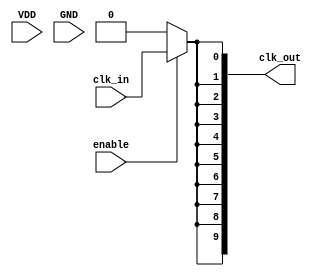
module HighFanoutClockBuffer #(
    parameter N = 10 // Number of output ports (can be adjusted as needed)
)(
    input wire clk_in,         // Input clock signal
    input wire enable,         // Enable signal for the buffer
    input wire VDD,            // Power supply
    input wire GND,            // Ground
    output wire [N-1:0] clk_out // Output clock signals
);

// Internal signal to hold the shaped clock signal
wire shaped_clk;

// Clock shaping logic (simple buffer for demonstration)
assign shaped_clk = clk_in; // Placeholder for actual clock shaping logic

// Generate output clock signals based on the input clock
genvar i;
generate
    for (i = 0; i < N; i = i + 1) begin : clock_distribution
        assign clk_out[i] = enable ? shaped_clk : 1'b0; // Output clock gated by enable
    end
endgenerate

endmodule